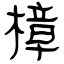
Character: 樟